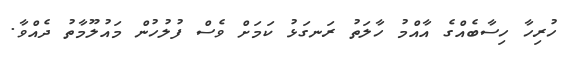
ހުރިހާ ހިސާބެއްގެ އާއްމު ހާލަތު ރަނގަޅު ކަމަށް ވެސް ފުލުހުން މައުލޫމާތު ދެއްވާ.